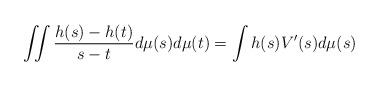
LaTeX: \begin{align*} \iint \frac{h(s)-h(t)}{s-t} d\mu(s) d\mu(t)= \int h(s) V'(s) d\mu(s) \end{align*}